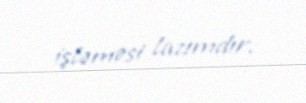
işləməsi lazımdır.